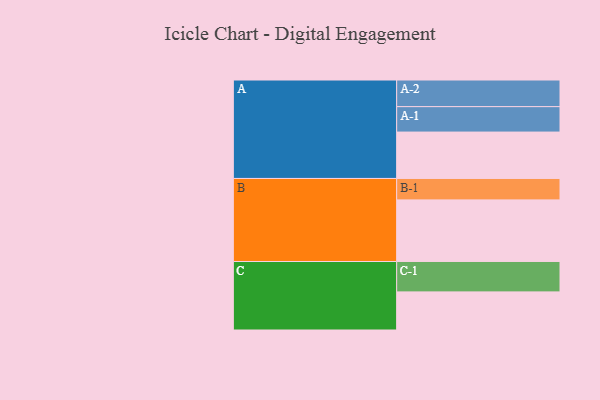
{"axis": {"x": "Segment", "y": "Value"}, "legend": ["", "A", "B", "C"], "data": [{"x": "A", "y": 409, "type": ""}, {"x": "B", "y": 543, "type": ""}, {"x": "C", "y": 336, "type": ""}, {"x": "A-1", "y": 224, "type": "A"}, {"x": "A-2", "y": 235, "type": "A"}, {"x": "B-1", "y": 189, "type": "B"}, {"x": "C-1", "y": 268, "type": "C"}]}